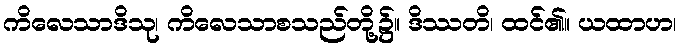
ကိလေသာဒိသု၊ ကိလေသာစသည်တို့၌။ ဒိဿတိ၊ ထင်၏။ ယထာဟ၊